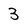
Character: 3